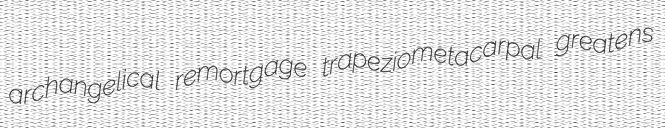
archangelical remortgage trapeziometacarpal greatens